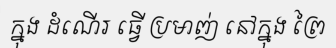
ក្នុង ដំណើរ ធ្វើ ប្រមាញ់ នៅក្នុង ព្រៃ